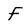
Character: F